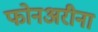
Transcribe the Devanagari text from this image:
फोनअरीना